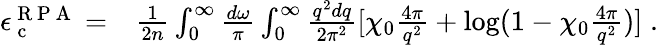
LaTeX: \begin{array}{rl}{\epsilon_{\mathrm{~c~}}^{\mathrm{~R~P~A~}}=}&{{}\frac{1}{2n}\int_{0}^{\infty}\frac{d\omega}{\pi}\int_{0}^{\infty}\frac{q^{2}dq}{2\pi^{2}}[\chi_{0}\frac{4\pi}{q^{2}}+\log(1-\chi_{0}\frac{4\pi}{q^{2}})]\; .}\end{array}